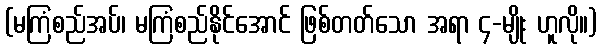
(မကြံစည်အပ်၊ မကြံစည်နိုင်အောင် ဖြစ်တတ်သော အရာ ၄-မျိုး ဟူလို။)